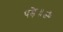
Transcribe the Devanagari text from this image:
पड़े॥ॐ